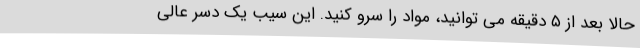
حالا بعد از ۵ دقیقه می توانید، مواد را سرو کنید. این سیب یک دسر عالی